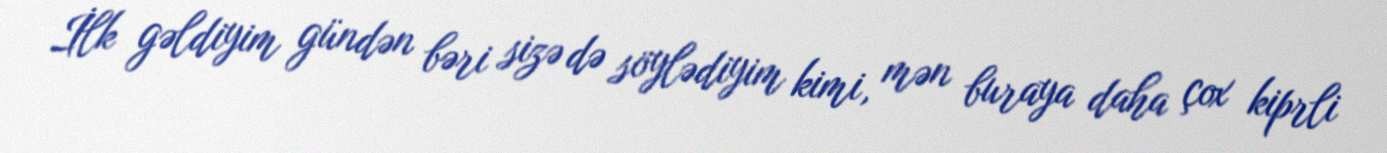
İlk gəldiyim gündən bəri sizə də söylədiyim kimi, mən buraya daha çox kiprli